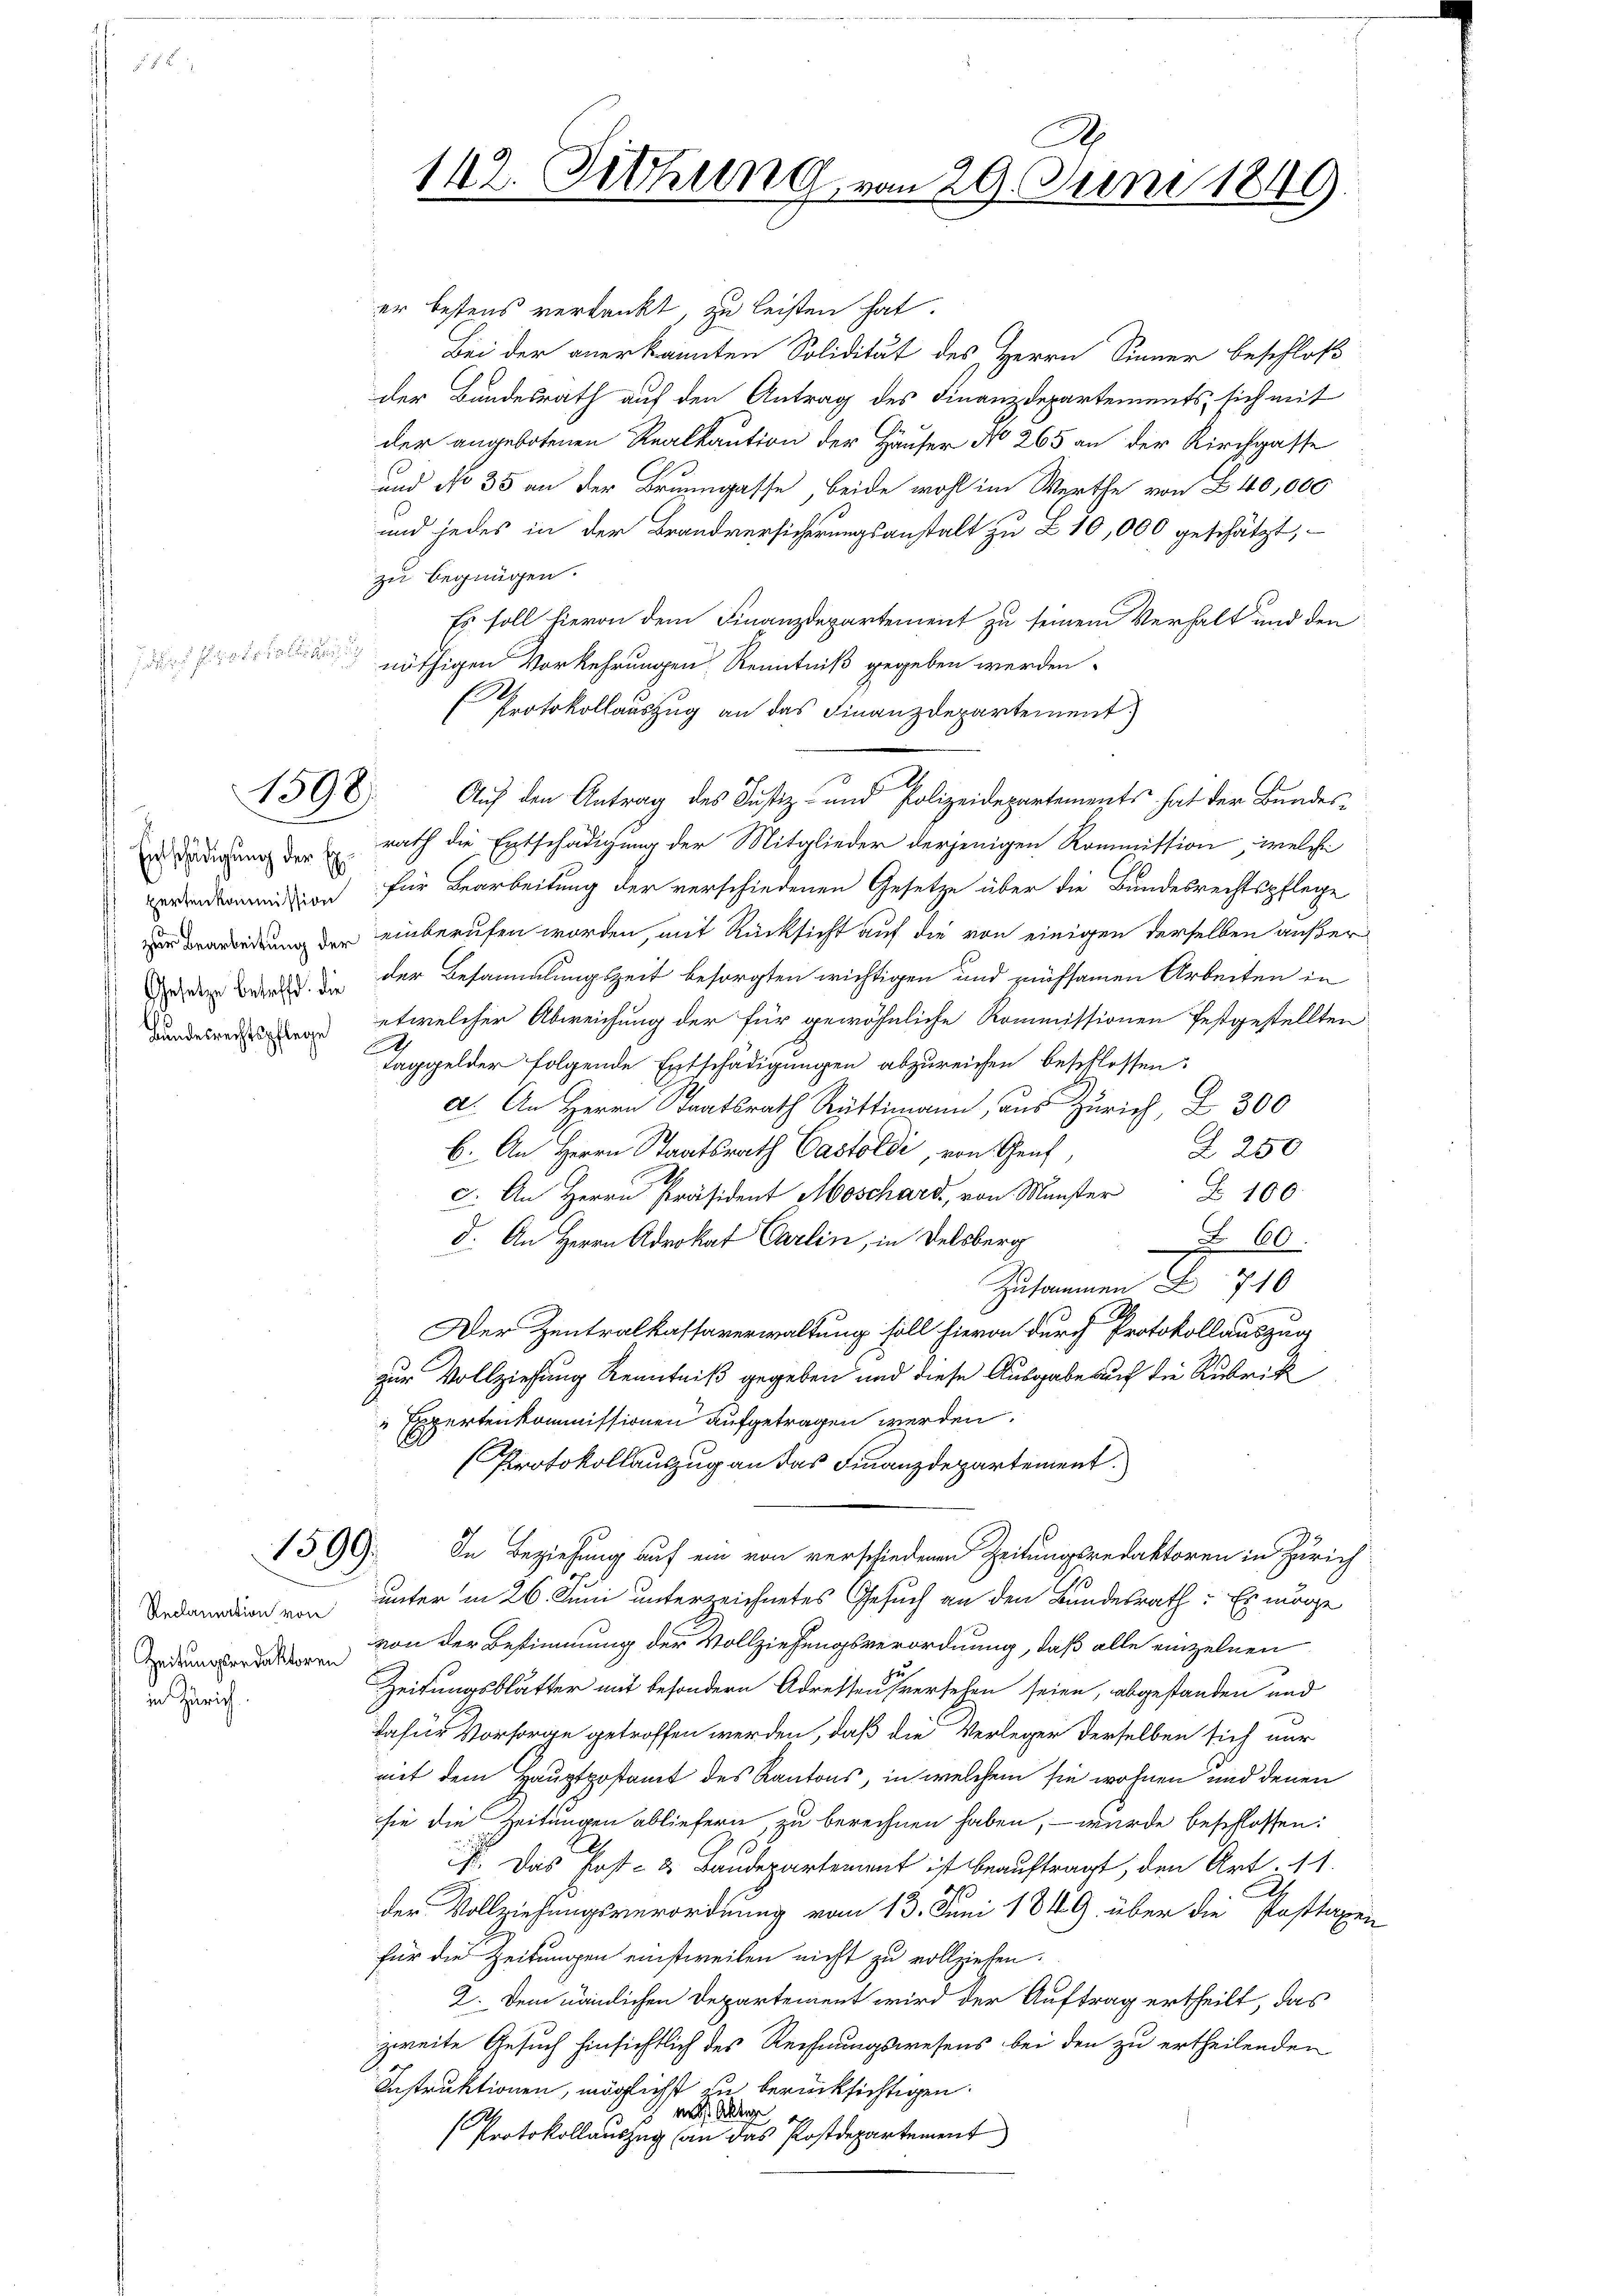
Reclamation von
Zeitungsredaktoren
in Zürich

1398.

Entschädigung der Exzertenkommission
Gesetze betreffd. die
Bundesrechtspflege

er bestens verdankt, zu leisten hat.
Bei der anerkannten Solidität des Herrn Sinner beschloß
der Bundesrath auf den Antrag des Finanzdepartements, sich mit
der angebotenen Realkaution der Häuser No 265 an der Kirchgasse
und No 35 an der Brunngasse beide wohl im Werthe von 40,000
und jedes in der Brandversicherungsanstalt zu § 10,000 geschätzt,
zu begnügen.
Es soll hievon dem Finanzdepartement zu seinem Verhalt und den
 nöthigen Vorkehrungen Kenntniß gegeben werden.
Protokollauszug an das Finanzdepartement
rath die Entschädigung der Mitglieder derjenigen Kommission, welche
für Bearbeitung der verschiedenen Gesetze über die Bundesrechtspflege
eidung der einberufen worden, mit Rücksicht auf die von einigen derselben außer
der Besammlungszeit besorgten wichtigen und zeühsamen Arbeiten in
etwelcher Abweichung der für gewöhnliche Kommissionen festgestellten
2
Taggelder folgende Entschädigungen abzureichen beschlossen:
a. An Herrn Staatsrath Rüttima, aus Zürich, 300
Z 250
b. An Herrn Staatsrath Castölde, von Graf,
c. An Herrn Präsident Moschard, von Münster F 100
d. An Herrn Advokat Carlin, in Delsberg
N 60.
Zusammen S. 710
Der Zentralkassaverwaltung soll hievon durch Protokollauszug
zur Vollziehung Kenntniß gegeben und diese Ausgabe auf die Rubrik
Expertenkommissionen aufgetragen werden.
Protokollauszug an das Finanzdepartement.
1599. In Beziehung auf ein von verschiedenen Zeitungsredaktoren in Zürich
unter in 26. Juni unterzeichnetes Gesuch an den Bundesrath: Es möge
von der Bestimmung der Vollziehungsverordnung, daß alle einzelnen
Zeitungsblätter mit besondern Adressen versehen seien, abgestanden und
dafür Vorsorge getroffen werden, daß die Verleger derselben sich nur
mit dem Hauptpostamt des Kantons, in welchem sie wohnen und denen
sie die Zeitungen abliefern, zu berechnen haben, – wurde beschlossen:
ch. Das Post- & Baudepartement ist beauftragt, den Art. 11.
d
der Vollziehungsverordnung vom 13. Juni 1849 über die Posttaxen
für die Zeitungen einstweilen nicht zu vollziehen.
2. Dem nämlichen Departement wird der Auftrag ertheilt, das
.
zweite Gesuch hinsichtlich des Rechnungswesens bei den zu ertheilenden
Instruktionen, möglichst zu berücksichtigen.
 was Schlag
1
Protokollauszug an das Postdepartement

142. Sitzung

Auf den Antrag des Justiz- und Polizeidepartements hat der Bundes¬

A.
an 29. Juni 1849.